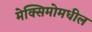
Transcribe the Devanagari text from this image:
मेक्सिमोमधील